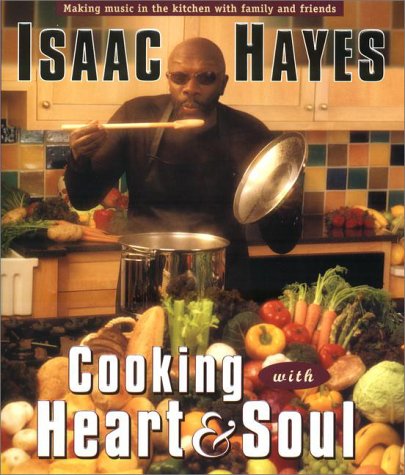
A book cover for Cooking with Heart and Soul; Isaac Hayes; Cookbooks, Food & Wine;